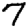
Digit: 7